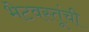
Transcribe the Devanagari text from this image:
भेटवस्तूंची